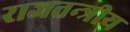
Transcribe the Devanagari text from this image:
राजतन्त्रीय